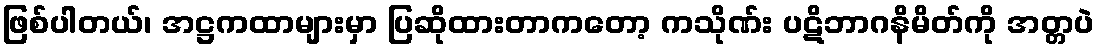
ဖြစ်ပါတယ်၊ အဋ္ဌကထာများမှာ ပြဆိုထားတာကတော့ ကသိုဏ်း ပဋိဘာဂနိမိတ်ကို အတ္တပဲ